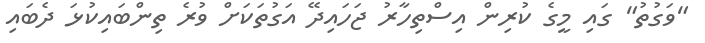
"ވަގުތު" ގައި މީގެ ކުރިން އިސްތިހާރު ޖަހައިދޭ އަގުތަކަށް ވުރެ ތިންބައިކުޅަ ދެބައި